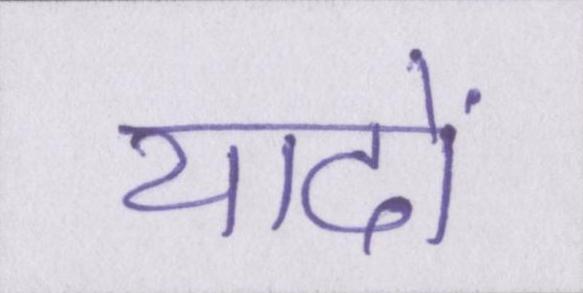
यादों